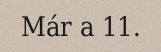
Már a 11.